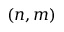
( n , m )